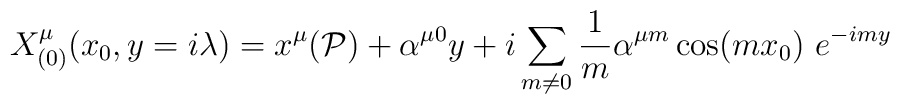
X_{(0)}^{\mu }(x_{0},y=i\lambda )=x^{\mu }(\mathcal{P})+\alpha ^{\mu0}y+i\sum_{m\neq 0}\frac{1}{m}\alpha ^{\mu m}\cos (mx_{0})\ e^{-imy}